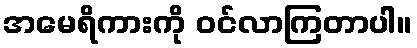
အမေရိကားကို ဝင်လာကြတာပါ။